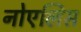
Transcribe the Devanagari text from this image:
नोएलिस